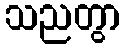
သညတွာ